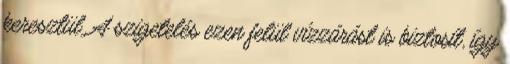
keresztül. A szigetelés ezen felül vízzárást is biztosít, így